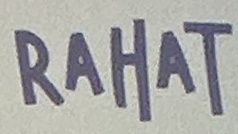
RAHAT